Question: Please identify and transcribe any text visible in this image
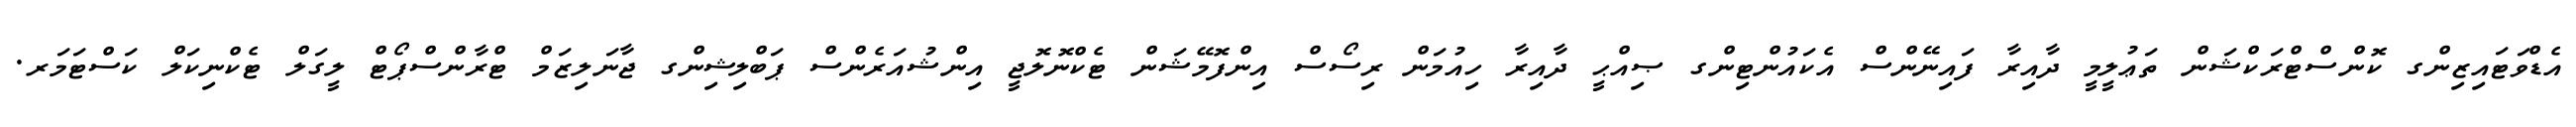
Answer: އެޑްވަޓައިޒިންގ ކޮންސްޓްރަކްޝަން ތަޢުލީމީ ދާއިރާ ފައިނޭންސް އެކައުންޓިންގ ޞިއްޙީ ދާއިރާ ހިއުމަން ރިސޯސް އިންފޮމޭޝަން ޓެކްނޮލޮޖީ އިންޝުއަރެންސް ޕަބްލިޝިންގ ޖާނަލިޒަމް ޓްރާންސްޕޯޓް ލީގަލް ޓެކްނިކަލް ކަސްޓަމަރ.